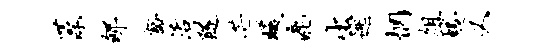
藻郇豁活隧芒暖漉出逃惘俎蜷又